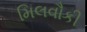
મિલવૌકી